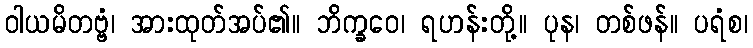
ဝါယမိတဗ္ဗံ၊ အားထုတ်အပ်၏။ ဘိက္ခဝေ၊ ရဟန်းတို့။ ပုန၊ တစ်ဖန်။ ပရံစ၊